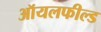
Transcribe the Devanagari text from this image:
ऑयलफील्ड